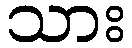
သား